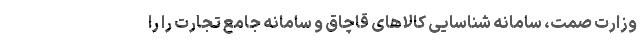
وزارت صمت، سامانه شناسایی کالاهای قاچاق و سامانه جامع تجارت را را